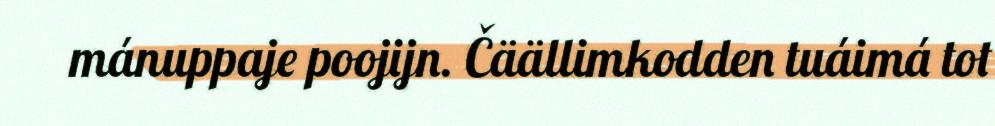
mánuppaje poojijn. Čäällimkodden tuáimá tot